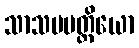
သာသပမတ္တိယော